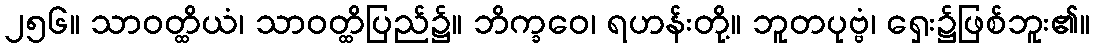
၂၅၆။ သာဝတ္ထိယံ၊ သာဝတ္ထိပြည်၌။ ဘိက္ခဝေ၊ ရဟန်းတို့။ ဘူတပုဗ္ဗံ၊ ရှေး၌ဖြစ်ဘူး၏။